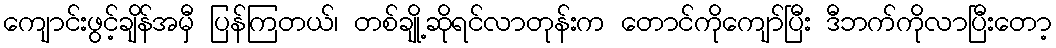
ကျောင်းဖွင့်ချိန်အမှီ ပြန်ကြတယ်၊ တစ်ချို့ဆိုရင်လာတုန်းက တောင်ကိုကျော်ပြီး ဒီဘက်ကိုလာပြီးတော့